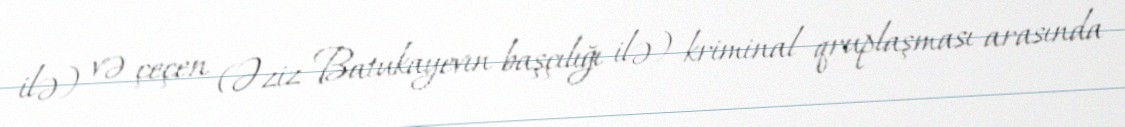
ilə) və çeçen (Əziz Batukayevın başçılığı ilə) kriminal qruplaşması arasında